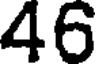
46